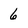
Character: 6